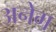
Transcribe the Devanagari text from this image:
अनेग